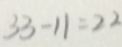
3 3 - 1 1 = 2 2